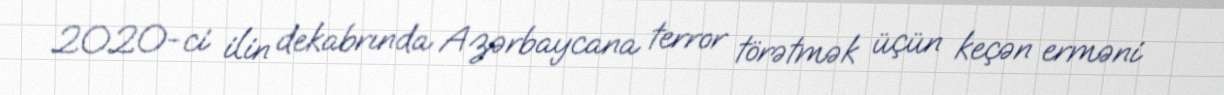
2020-ci ilin dekabrında Azərbaycana terror törətmək üçün keçən erməni